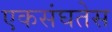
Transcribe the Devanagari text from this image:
एकसंघतेस